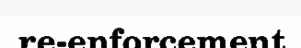
re-enforcement